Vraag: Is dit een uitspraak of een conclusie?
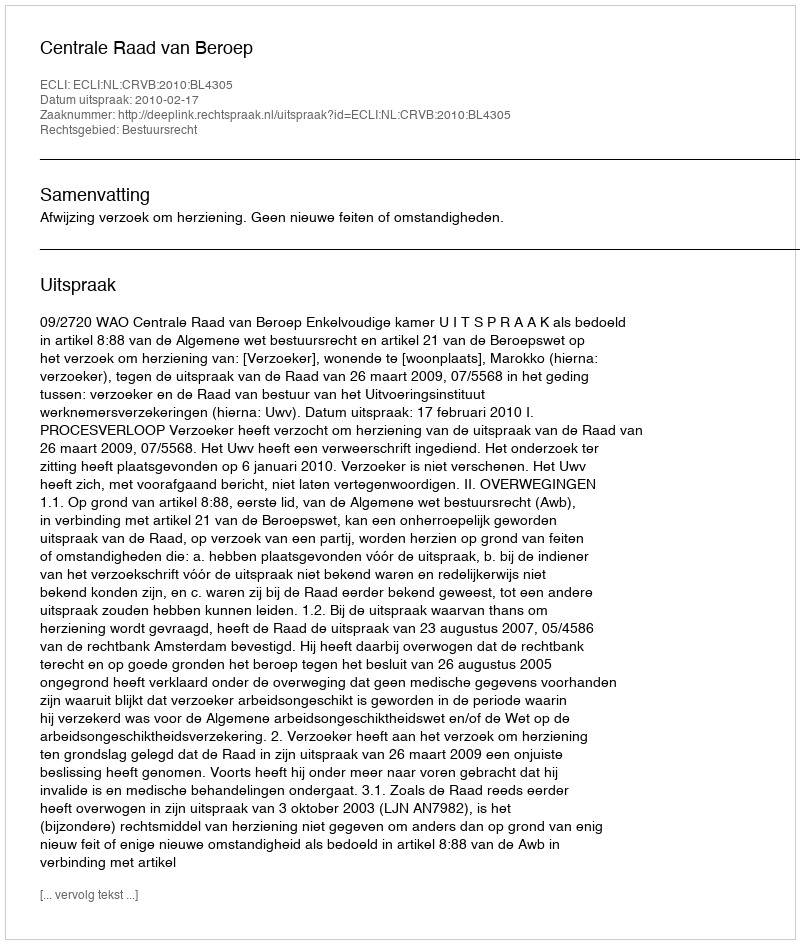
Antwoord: Uitspraak